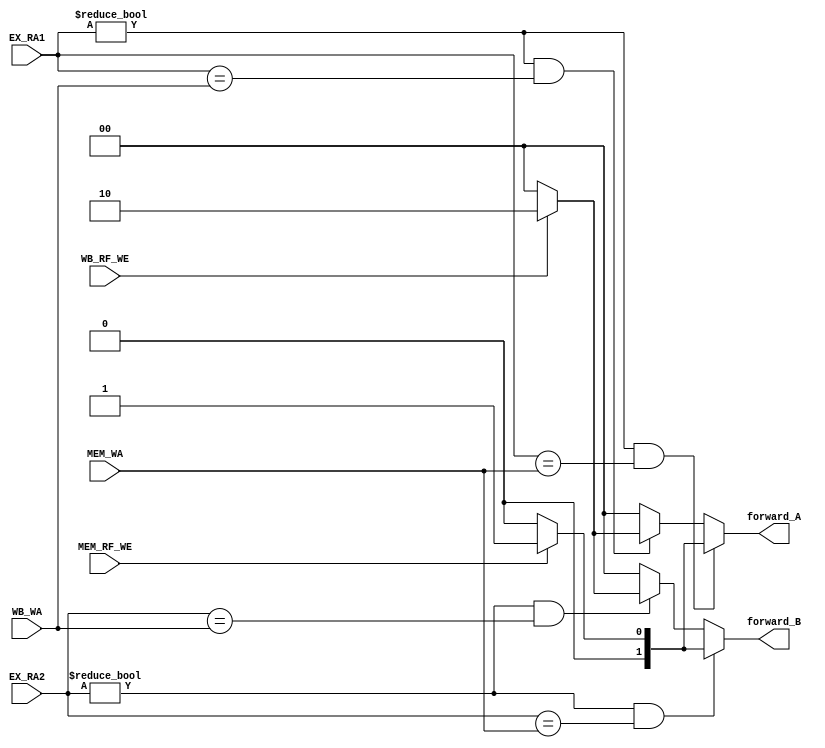
module FORWARD (
	input wire [4:0] EX_RA1,
	input wire [4:0] EX_RA2,
	input wire [4:0] MEM_WA,
	input wire [4:0] WB_WA, 
	input wire MEM_RF_WE, // RF_WE control signal in EX/MEM stage
	input wire WB_RF_WE, // RF_WE control signal in MEM/WB stage
	output reg[1:0] forward_A,
	output reg[1:0] forward_B
	);


	always @(*) begin // forward A signal
		if ((EX_RA1 != 0) && (EX_RA1 == MEM_WA)) begin // if RA1 id is identical to writeback register ID in EX/MEM stage
			if (MEM_RF_WE == 1) begin // if RF_WE control signal in EX/MEM is "1",
				forward_A = 2'b01;
			end
			else begin
				forward_A = 2'b00;
			end
		end
		
		else if ((EX_RA1 != 0) && (EX_RA1 == WB_WA)) begin // if RA1 id is identical to writeback register ID in MEM/WB stage
			if (WB_RF_WE == 1) begin // if RF_WE control signal in MEM/WB is "1"
				forward_A = 2'b10;
			end
			else begin
				forward_A = 2'b00;
			end
		end

		else begin
			forward_A = 2'b00;
		end
	end

	always @(*) begin // forward B signal
		if ((EX_RA2 != 0) && (EX_RA2 == MEM_WA)) begin // if RA2 id is identical to writeback register ID in EX/MEM stage
			if (MEM_RF_WE == 1) begin // if RF_WE control signal in EX/MEM is "1",
				forward_B = 2'b01;
			end
			else begin
				forward_B = 2'b00;
			end
		end
		
		else if ((EX_RA2 != 0) && (EX_RA2 == WB_WA)) begin // if RA2 id is identical to writeback register ID in MEM/WB stage
			if (WB_RF_WE == 1) begin // if RF_WE control signal in MEM/WB is "1"
				forward_B = 2'b10;
			end
			else begin
				forward_B = 2'b00;
			end
		end

		else begin
			forward_B = 2'b00;
		end
	end

endmodule